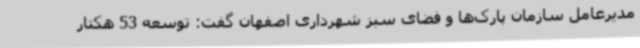
مدیرعامل سازمان پارک‌ها و فضای سبز شهرداری اصفهان گفت: توسعه 53 هکتار